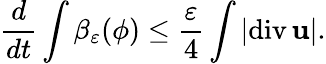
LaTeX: \frac{d}{dt}\int\beta_{\varepsilon}(\phi)\leq\frac{\varepsilon}{4}\int|\mathrm{div}\, {\mathbf u}|.